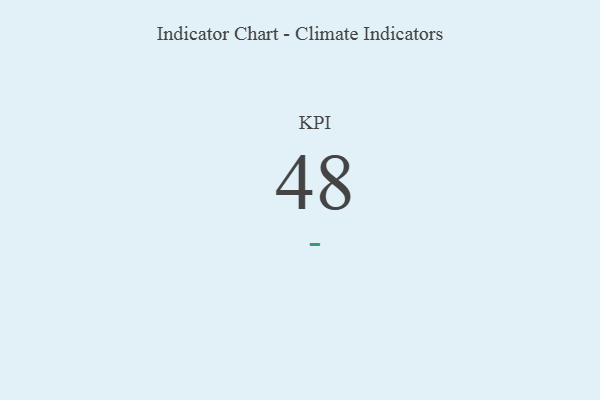
{"axis": {"x": "KPI", "y": "Value"}, "legend": [""], "data": [{"x": "KPI", "y": 48, "type": ""}]}